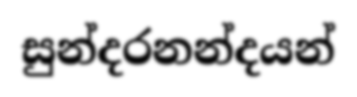
සුන්දරනන්දයන්